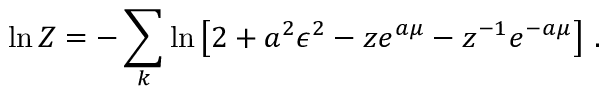
\ln Z = - \sum _ { k } \ln \left[ 2 + a ^ { 2 } \epsilon ^ { 2 } - z e ^ { a \mu } - z ^ { - 1 } e ^ { - a \mu } \right] \, .